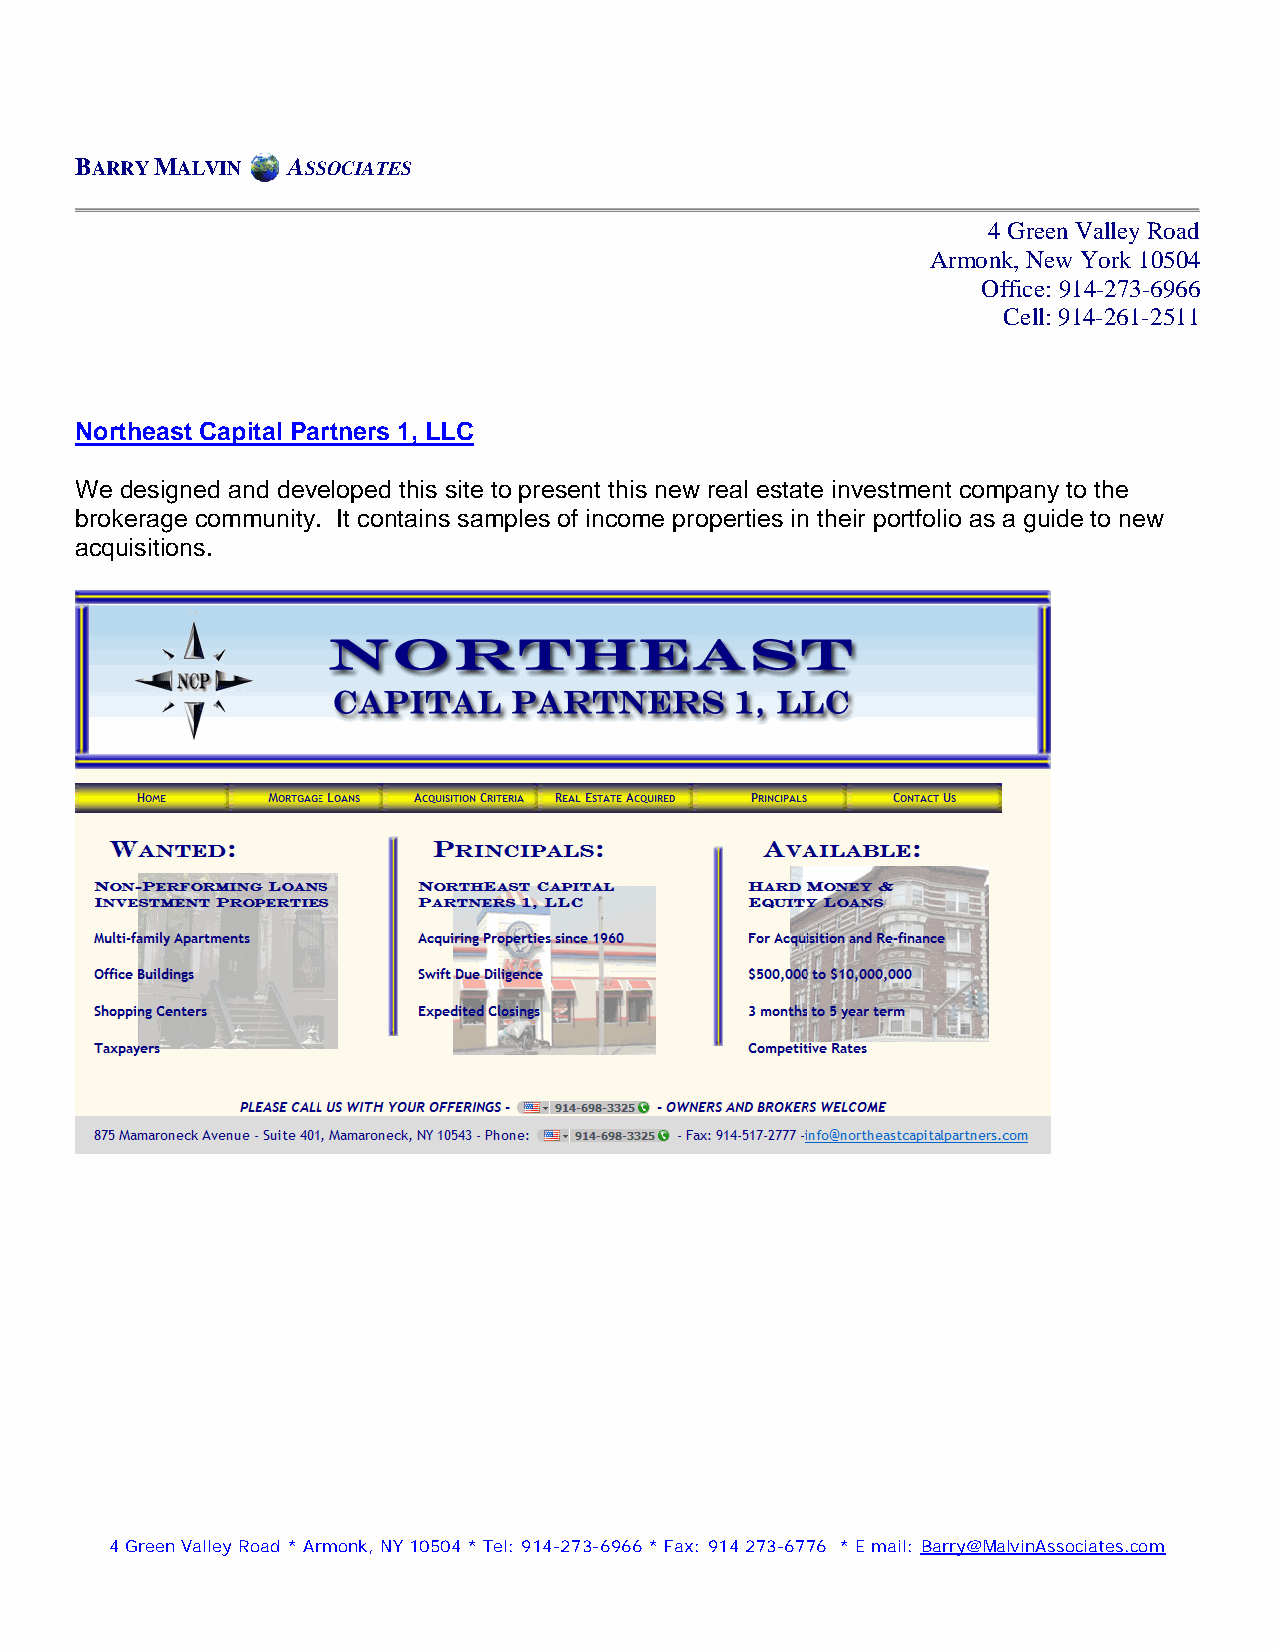
BARRY MALVIN  ASSOCIATES
 4 Green Valley Road
 Armonk, New York 10504
 Office: 914-273-6966
 Cell: 914-261-2511
 Northeast Capital Partners 1, LLC
 We designed and developed this site to present this new real estate investment company to the
 brokerage community. It contains samples of income properties in their portfolio as a guide to new
 acquisitions.
 4 Green Valley Road * Armonk, NY 10504 * Tel: 914-273-6966 * Fax: 914 273-6776 * E mail: Barry@MalvinAssociates.com